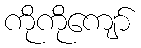
ကိုကိုကျော်